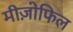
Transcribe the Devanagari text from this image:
मीज़ोफिल